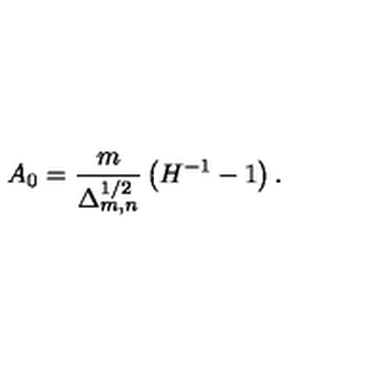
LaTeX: A _ { 0 } = \frac { m } { \Delta _ { m , n } ^ { 1 / 2 } } \left( { H } ^ { - 1 } - 1 \right) .